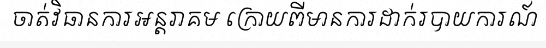
ចាត់វិធានការអន្តរាគម ក្រោយពីមានការដាក់របាយការណ៍